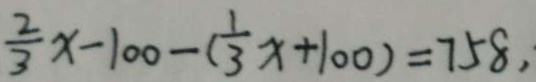
\frac { 2 } { 3 } x - 1 0 0 - ( \frac { 1 } { 3 } x + 1 0 0 ) = 7 5 8 ,